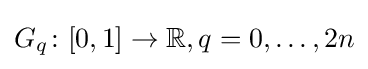
G_{q}\colon [0,1]\rightarrow \mathbb {R} ,q=0,\ldots ,2n